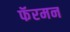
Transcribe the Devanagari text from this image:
फॅरमन